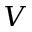
V